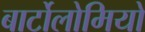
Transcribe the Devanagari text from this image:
बार्टोलोमियो